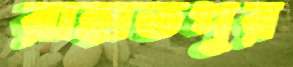
রাহাতপুর